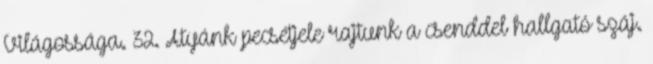
Világossága. 32. Atyánk pecsétjele rajtunk a csenddel hallgató száj.